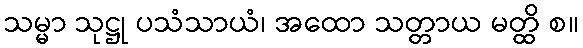
သမ္မာ သုဋ္ဌု ပသံသာယံ၊ အထော သတ္တာယ မတ္ထိ စ။